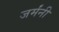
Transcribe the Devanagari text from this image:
जर्मंनी